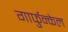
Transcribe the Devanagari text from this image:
गार्फुन्केल